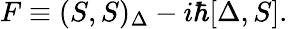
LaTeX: F\equiv(S,S)_{\Delta}-i\hbar[\Delta,S].